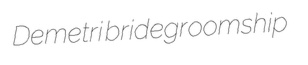
Demetri bridegroomship